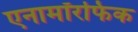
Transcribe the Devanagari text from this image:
एनामॉरफिक